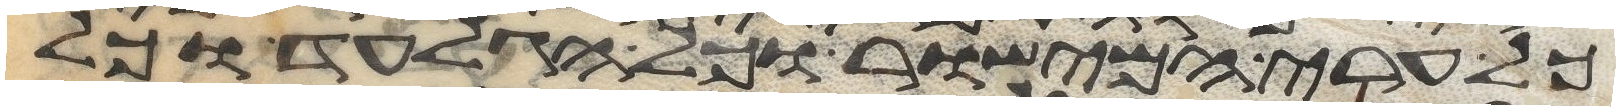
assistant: כל ערי המישור וכל הגלעד וכל